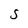
Character: S